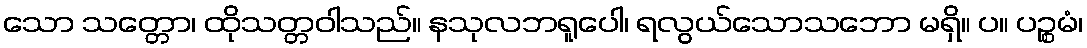
သော သတ္တော၊ ထိုသတ္တဝါသည်။ နသုလဘရူပေါ၊ ရလွယ်သောသဘော မရှိ။ ပ။ ပဉ္စမံ၊